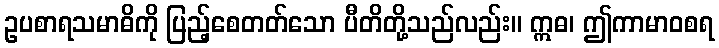
ဥပစာရသမာဓိကို ပြည့်စေတတ်သော ပီတိတို့သည်လည်း။ ဣဓ၊ ဤကာမာဝစရ